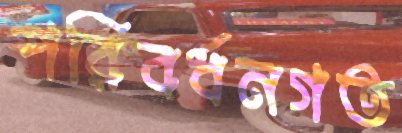
পরিবর্ধনগত